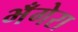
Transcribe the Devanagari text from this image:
भँगेरा